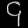
Digit: ၄